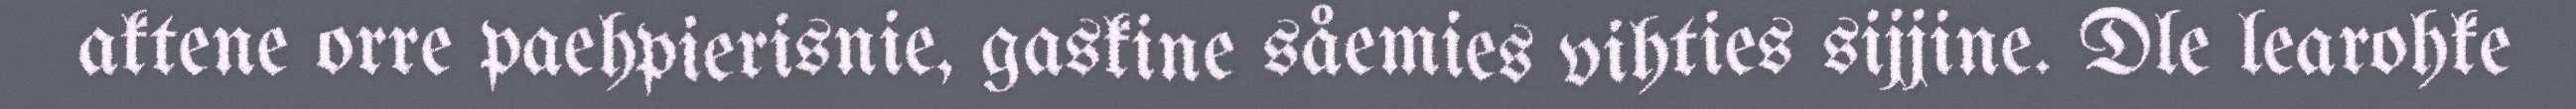
aktene orre paehpierisnie, gaskine såemies vihties sijjine. Dle learohke